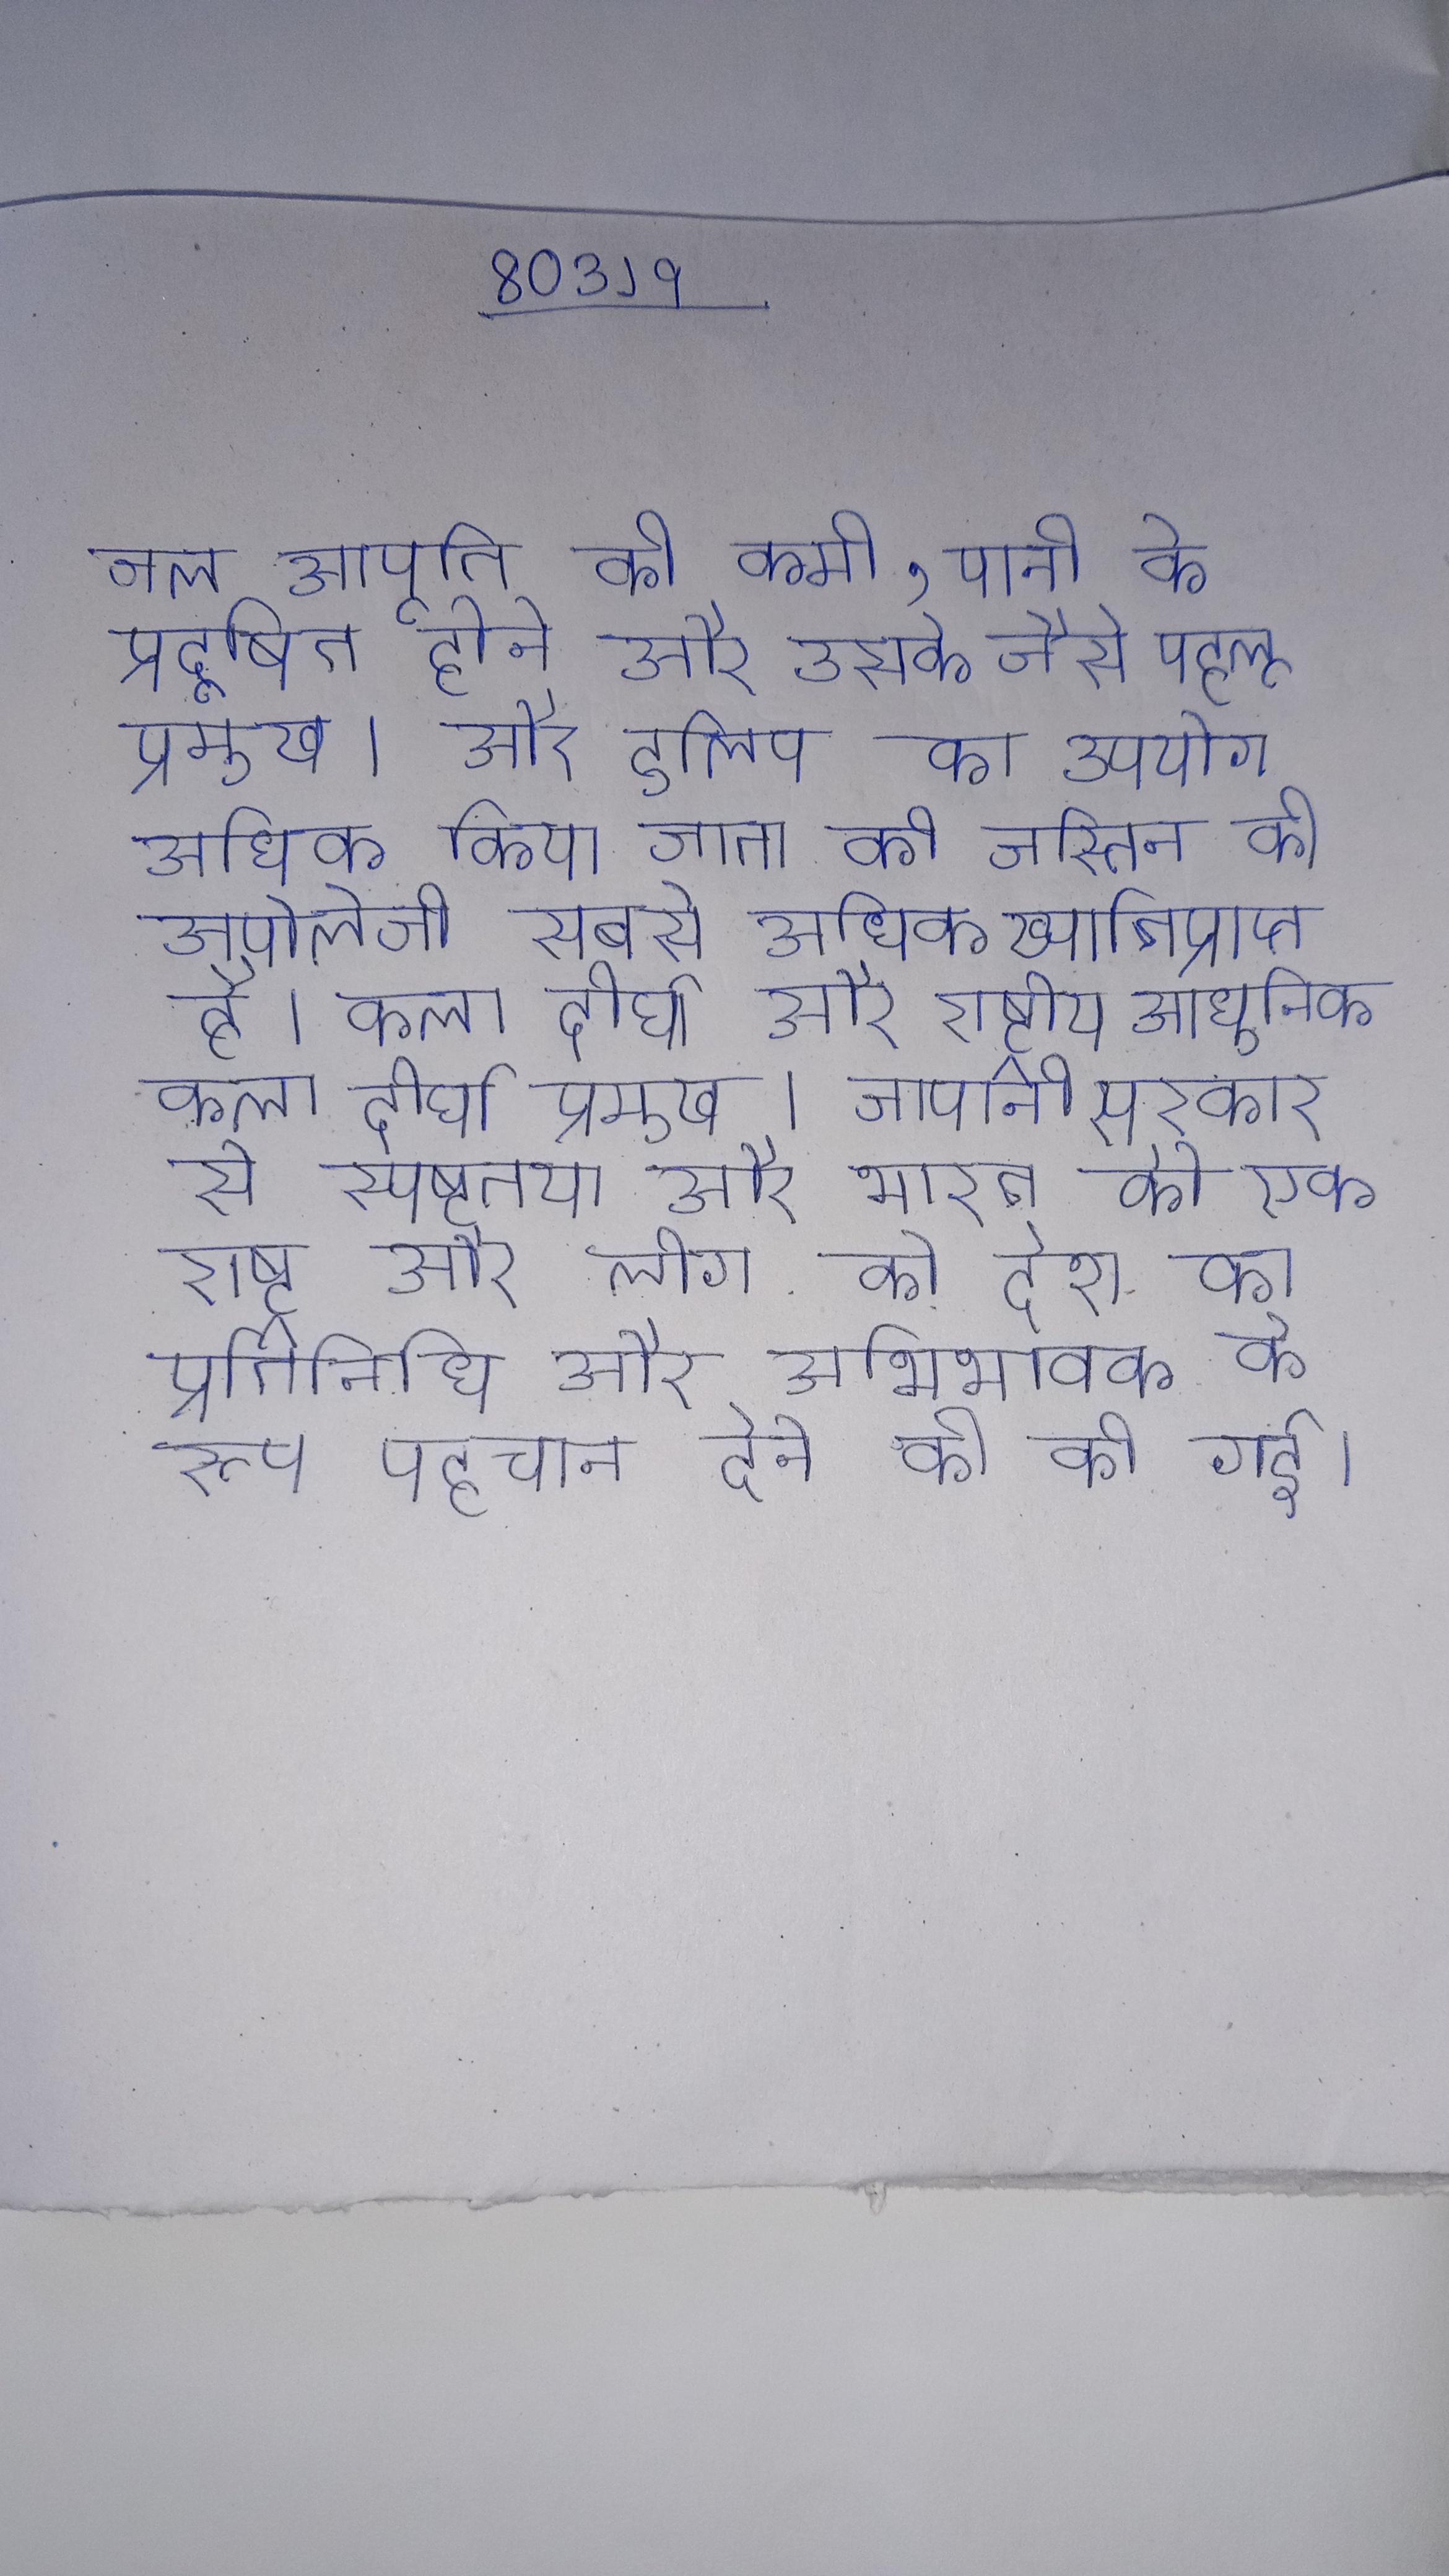
जल आपूर्ति की कमी, पानी के प्रदूषित होने और उसके जैसे पहलू प्रमुख । और टुलिप का उपयोग अधिक किया जाता है । जस्तिन की अपोलोजी सबसे अधिक ख्यातिप्राप्त है । कला दीर्घा और राष्ट्रीय आधुनिक कला दीर्घा प्रमुख । जापानी सरकार से स्पष्टतया और सार्वजनिक रूप से भारत को एक राष्ट्र और लीग को देश का प्रतिनिधि और अभिभावक के रूप पहचान देने की की गई ।